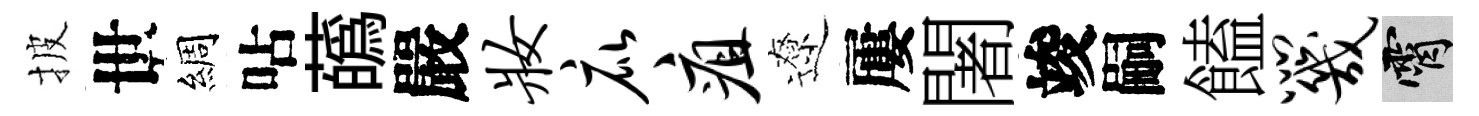
披世綢呫蘤嚴妆庇疽遼屢闍竣嗣饁咒霄